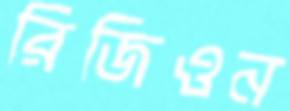
রিজিওন